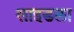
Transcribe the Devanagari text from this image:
साइडला